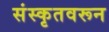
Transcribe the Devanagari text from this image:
संस्कृतवरून